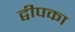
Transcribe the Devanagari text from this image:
द्वीपका